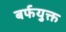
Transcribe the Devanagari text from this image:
बर्फयुक्त